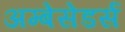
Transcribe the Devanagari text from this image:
अम्बेसेडर्स